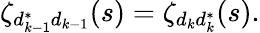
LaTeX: \zeta_{d_{k-1}^{*}d_{k-1}}(s)=\zeta_{d_{k}d_{k}^{*}}(s).